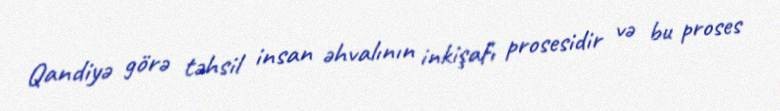
Qandiyə görə təhsil insan əhvalının inkişafı prosesidir və bu proses